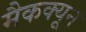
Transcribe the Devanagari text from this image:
मैकक्यून